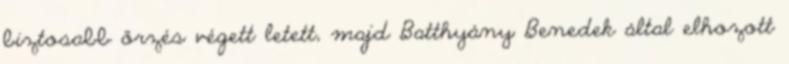
biztosabb őrzés végett letett, majd Batthyány Benedek által elhozott